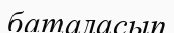
баталасып